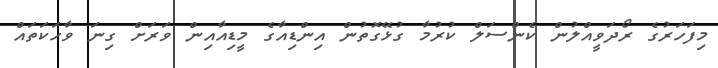
މިފަހަރުގެ ރޯދަވީއްލުން ކެންސަލް ކުރުމާ ގުޅޭގޮތުން އިންޑިއާގެ މީޑިއާއިން ވަރަށް ގިނަ ވާހަކަތައް